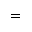
{ } = { }